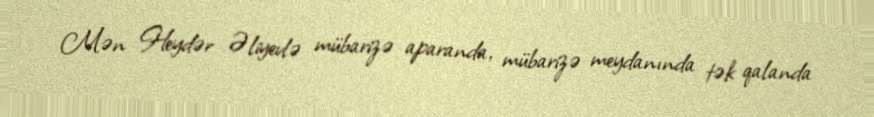
Mən Heydər Əliyevlə mübarizə aparanda, mübarizə meydanında tək qalanda